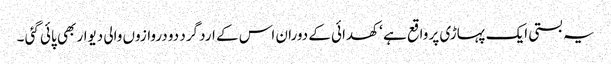
یہ بستی ایک پہاڑی پر واقع ہے ‘ کھدائی کے دوران اس کے ارد گرد دو دروازوں والی دیوار بھی پائی گئی ۔